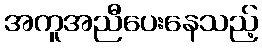
အကူအညီပေးနေသည့်